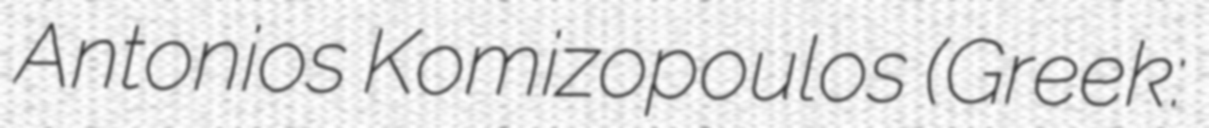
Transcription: Antonios Komizopoulos (Greek: Αντώνιος